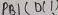
Text: PB1